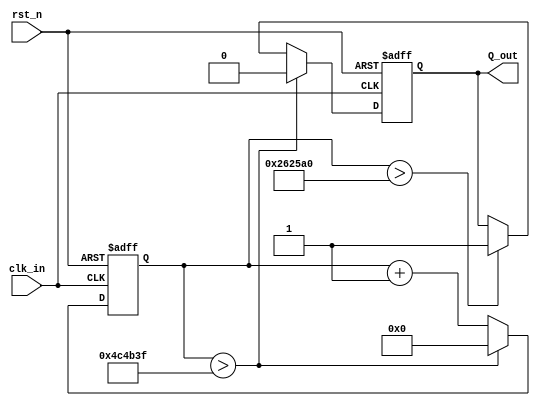
//////////////////////////////////////////////////////////////////////////////////
//  Module   : div_by_N.v
//  Parent   : top_test.v
//  Children : none
//  Description:
//     This is the div_by_N for the test project on a basys3 board
//     Used for experimenting with Vivado with generated clocks,
//     Ported to Quartus 03/03/23
//  Parameters:
//     None
///////////////////////////////////////////////////////////////////////////////////
//`include "timescale.v"


/////////////////////////////Basys 3 FPGA   ///////////////////////////////////////
module div_by_N  #(parameter [23:0] N= 5000000, parameter Nb= 23) (  
   rst_n,        // active low reset
   clk_in,
   Q_out );
  
  // list external pins by name in XDC file
  output Q_out;
  input wire clk_in;     // 100kHz
  input  rst_n;
  
  wire reset;
  reg Q;
  reg [(Nb-1'b1):0] N_minus_1 = N-1'b1;
  reg [(Nb-1'b1):0] N_half = N >> 1'b1;
 
  // internal wires and reg
  reg [Nb-1'b1:0] count = 0;
  // ======================================================
  always @( posedge clk_in or posedge reset) begin
    if( reset) begin
      count <= 0;
      Q <= 0;
    end else begin
      count <= count + 1'b1;
      if (count > N_minus_1) begin
         Q <= 0;
         count <= 0;
      end else begin 
         if (count > N_half) begin
            Q <= 1;
         end
      end   
    end
   end  
  
  assign Q_out = Q;
  assign reset = !rst_n;
  
endmodule